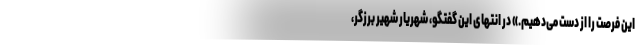
این فرصت را از دست می‌دهیم.» در انتهای این گفتگو، شهریار شهیر برزگر،